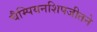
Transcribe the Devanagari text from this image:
चैम्पियनशिपजीतने